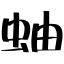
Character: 蚰